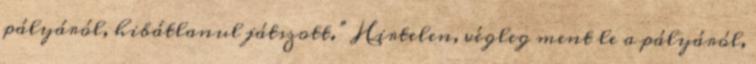
pályáról, hibátlanul játszott.” Hirtelen, végleg ment le a pályáról,